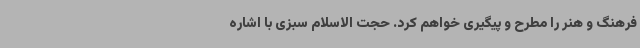
فرهنگ و هنر را مطرح و پیگیری خواهم کرد. حجت الاسلام سبزی با اشاره